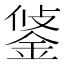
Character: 𨦷